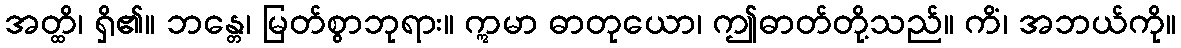
အတ္ထိ၊ ရှိ၏။ ဘန္တေ၊ မြတ်စွာဘုရား။ ဣမာ ဓာတုယော၊ ဤဓာတ်တို့သည်။ ကိံ၊ အဘယ်ကို။